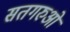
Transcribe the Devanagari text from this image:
सतगरुओं